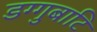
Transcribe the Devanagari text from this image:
डग्गुबाटि